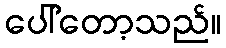
ပေါ်တော့သည်။